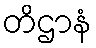
တိဌာနံ